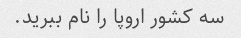
سه کشور اروپا را نام ببرید.